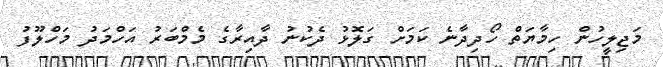
މަޖިލީހުން ހިމާޔަތް ހޯދިދާނެ ކަމަށް ގަލޮޅު ދެކުނު ދާއިރާގެ މެމްބަރު އަހްމަދު މަހްލޫފު